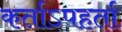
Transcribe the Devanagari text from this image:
कर्ताऽपहर्ता